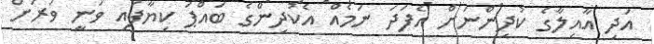
އަދި އާއިލާގެ ކުދިންނަށް އެފަދަ ނަމެއް އެކުދިންގެ ބައްޕަ ކިޔާފައި ވަނީ ވަރަށް